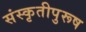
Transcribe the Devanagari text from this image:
संस्कृतीपुरूष